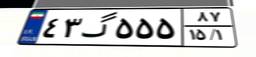
۴۳گ۵۵۵۸۷